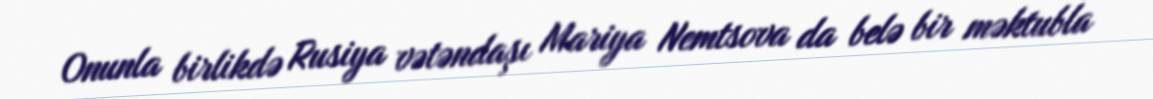
Onunla birlikdə Rusiya vətəndaşı Mariya Nemtsova da belə bir məktubla